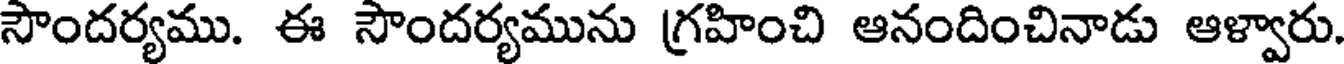
సౌందర్యము. ఈ సౌందర్యమును గ్రహించి ఆనందించినాడు ఆళ్వారు.